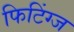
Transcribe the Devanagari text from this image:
फिटिंग्ज